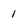
Character: 1